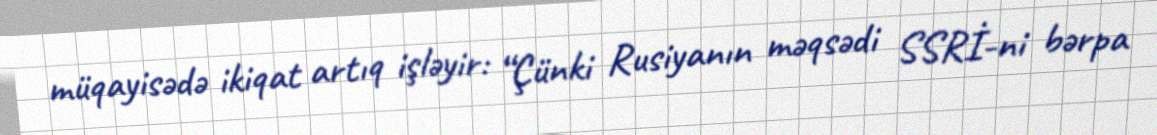
müqayisədə ikiqat artıq işləyir: “Çünki Rusiyanın məqsədi SSRİ-ni bərpa